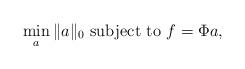
LaTeX: \begin{align*} \min_a \|a\|_0 \mbox{ subject to } f = \Phi a,\end{align*}